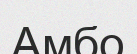
Амбо